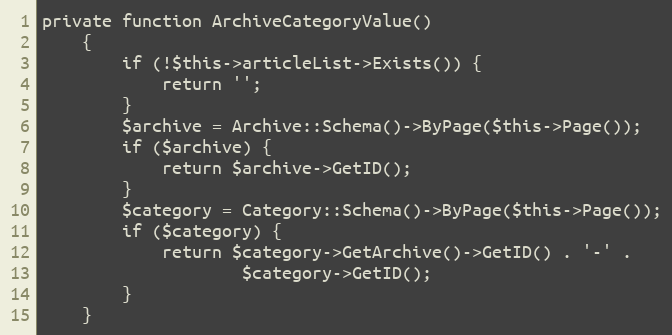
Language: PHP
private function ArchiveCategoryValue()
    {
        if (!$this->articleList->Exists()) {
            return '';
        }
        $archive = Archive::Schema()->ByPage($this->Page());
        if ($archive) {
            return $archive->GetID();
        }
        $category = Category::Schema()->ByPage($this->Page());
        if ($category) {
            return $category->GetArchive()->GetID() . '-' .
                    $category->GetID();
        }
    }